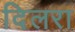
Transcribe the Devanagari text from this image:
दिलरा